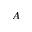
\boldsymbol { A }